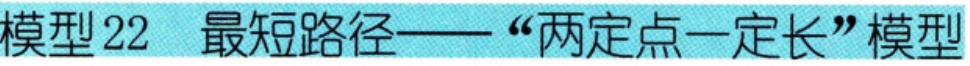
模型 22  最短路径——“两定点一定长”模型